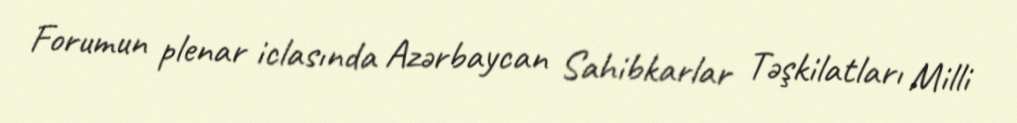
Forumun plenar iclasında Azərbaycan Sahibkarlar Təşkilatları Milli